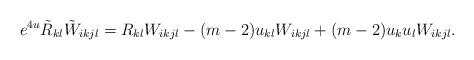
LaTeX: \begin{align*} e^{4u}\tilde{R}_{kl}\tilde{W}_{ikjl}=R_{kl}W_{ikjl}-(m-2)u_{kl}W_{ikjl}+(m-2)u_ku_lW_{ikjl}. \end{align*}